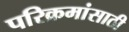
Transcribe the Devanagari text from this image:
परिक्रमांसाठी